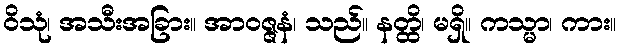
ဝိသုံ၊ အသီးအခြား။ အာဝဇ္ဇနံ၊ သည်။ နတ္ထိ၊ မရှိ။ ကသ္မာ၊ ကား။